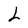
Character: L